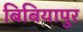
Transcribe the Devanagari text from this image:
बिबियापुर